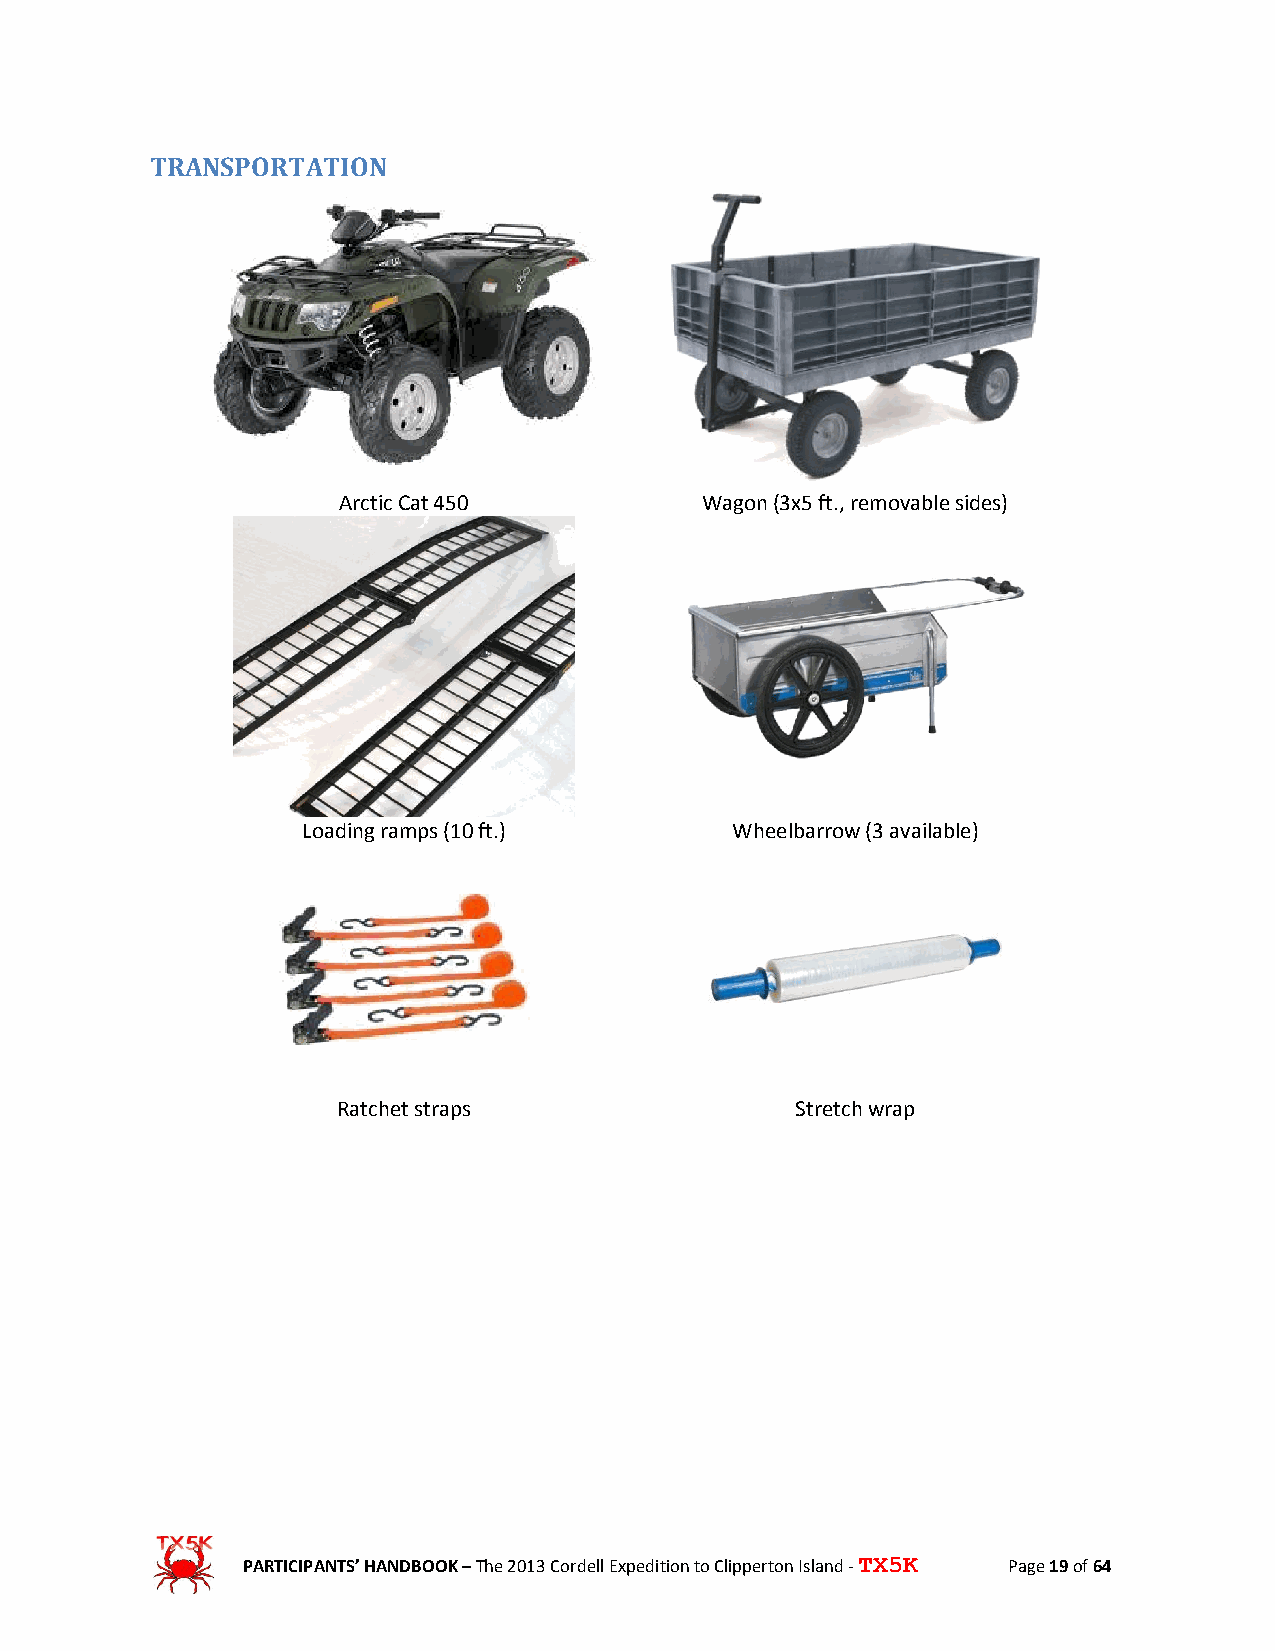
TRANSPORTATION
 Arctic Cat 450          Wagon (3x5 ft., removable sides)
 Loading ramps (10 ft.)      Wheelbarrow (3 available)
 Ratchet straps                 Stretch wrap
 PARTICIPANTS’ HANDBOOK – The 2013 Cordell Expedition to Clipperton Island - TX5K Page 19 of 64